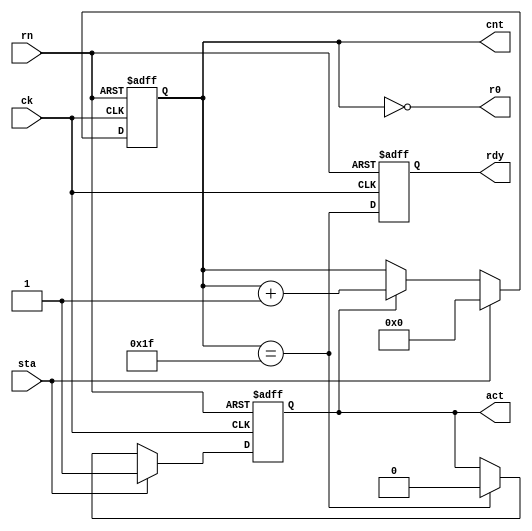
`timescale 1ns / 1ps

module control(
    sta, // Start signal
    ck, // Rising edge clock
    rn, // Active low reset
    r0, // Round-0 flag
    cnt, // Counter
    act, // Active signal
    rdy // Ready signal
);

input sta; // Start signal
input ck; // Rising edge clock
input rn; // Active low reset
output r0; // Round-0 flag
output [0:4] cnt; // Counter
output act; // Active signal
output rdy; // Ready signal

reg [0:4] cnt_ps; // PS of counter
wire [0:4] cnt_ns; // NS of counter
wire r31; // Round-31 flag
reg act_ps; // PS of active
wire act_ns; // NS of active
reg rdy; // DFF output is ready

// Define counter
assign cnt_ns = sta ? 0 : ( act ? cnt_ps+1 : cnt_ps ) ;
always @ (posedge ck or negedge rn)
    if (!rn)
        cnt_ps <= 0;
    else
        cnt_ps <= cnt_ns;

assign cnt = cnt_ps ;

assign r0 = ( cnt_ps == 0 ) ;
assign r31 = (cnt_ps == 31);

// Define active signal
assign act_ns = sta ? 1 : ( r31 ? 0 : act_ps ) ;
always @ (posedge ck or negedge rn)
    if (!rn)
        act_ps <= 0;
    else
        act_ps <= act_ns;

assign act = act_ps ;

// Delay Round-31 flag to get ready output
always @ (posedge ck or negedge rn)
if (!rn)
    rdy <= 0;
else
    rdy <= r31;

endmodule